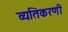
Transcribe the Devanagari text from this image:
व्यतिकरणी